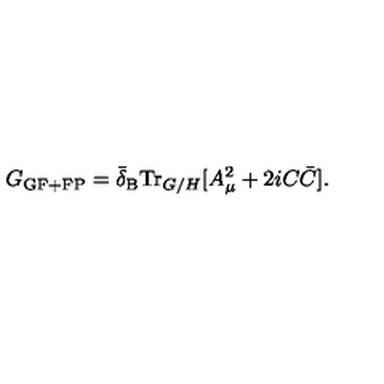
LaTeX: G _ { \mathrm { G F + F P } } = \bar { \delta } _ { \mathrm { B } } \mathrm { T r } _ { G / H } [ A _ { \mu } ^ { 2 } + 2 i C \bar { C } ] .